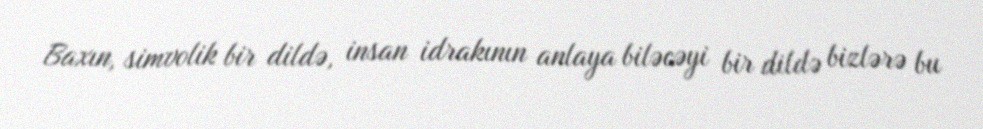
Baxın, simvolik bir dildə, insan idrakının anlaya biləcəyi bir dildə bizlərə bu